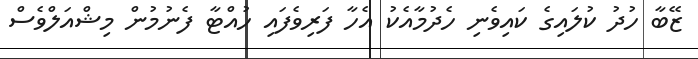
ޒޭބާ ހުދު ކުލައިގެ ކައިވެނި ހެދުމާއެކު އެހާ ފަރިވެފައި ހުއްޓާ ފެނުމުން މިޝްއަލްވެސް